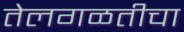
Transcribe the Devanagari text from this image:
तेलगळतीचा